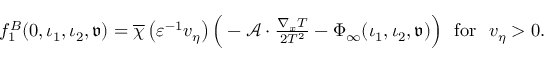
\begin{array} { r } { f _ { 1 } ^ { B } ( 0 , \iota _ { 1 } , \iota _ { 2 } , { \mathfrak { v } } ) = \overline { { \chi } } \left( \varepsilon ^ { - 1 } v _ { \eta } \right) \Big ( - \mathscr { A } \cdot \frac { \nabla _ { x } T } { 2 T ^ { 2 } } - \Phi _ { \infty } ( \iota _ { 1 } , \iota _ { 2 } , { \mathfrak { v } } ) \Big ) \ \ \mathrm { f o r } \ \ v _ { \eta } > 0 . } \end{array}